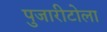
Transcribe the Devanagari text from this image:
पुजारीटोला